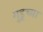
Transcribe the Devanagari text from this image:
गुडूच्या